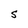
Character: S